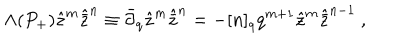
LaTeX: \Lambda ( P _ { + } ) { \hat { z } } ^ { m } { \hat { \bar { z } } } ^ { n } \equiv { \bar { \partial } } _ { q } { \hat { z } } ^ { m } { \hat { \bar { z } } } ^ { n } = - [ n ] _ { q } q ^ { m + 1 } { \hat { z } } ^ { m } { \hat { \bar { z } } } ^ { n - 1 } \ ,